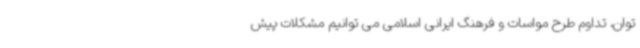
توان، تداوم طرح مواسات و فرهنگ ایرانی اسلامی می توانیم مشکلات پیش